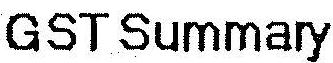
GST SUMMARY